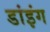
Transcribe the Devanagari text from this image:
डांइंग